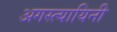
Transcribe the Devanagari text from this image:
अगस्त्यायिनी